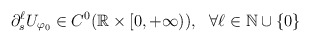
\begin{align*}\partial_s^\ell U_{\varphi_0}\in C^0 (\mathbb R\times [0,+\infty)), ~~\forall \ell\in\mathbb N\cup\{0\} \end{align*}